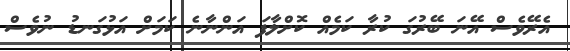
އެރޭވެސް އޭނަ ބޭރުގަ ކުރާ ކަމެއް ކޮށްލާފަ އަންނާނެ ކަމަށް އަޅުގަނޑު ނުވެސް